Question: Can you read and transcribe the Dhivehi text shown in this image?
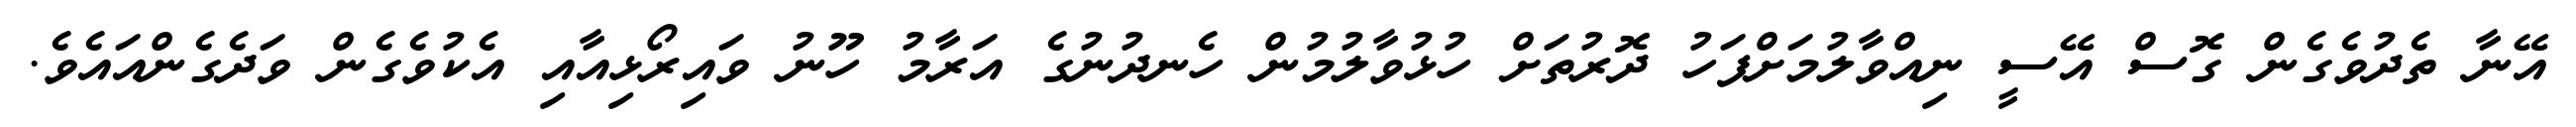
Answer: އޭނާ ތެދުވެގެން ގޮސް އޭސީ ނިއްވާލުމަށްފަހު ދޮރުތަށް ހުޅުވާލުމުން ހެނދުނުގެ އަރާމު ހޫނު ވައިރޯޅިއާއި އެކުވެގެން ވަދެގެންއައެވެ.